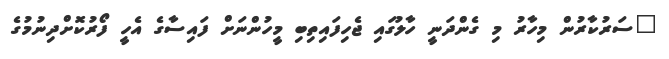
"ސަރުކާރުން މިހާރު މި ގެންދަނީ ހާލުގައި ޖެހިފައިތިބި މީހުންނަށް ފައިސާގެ އެހީ ފޯރުކޮށްދިނުމުގެ